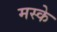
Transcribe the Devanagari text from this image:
मस्के